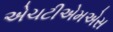
એચટીએમએસ